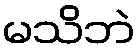
မသိဘဲ